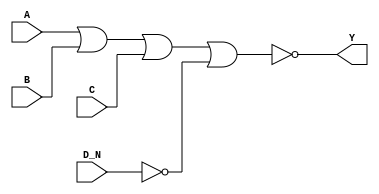
module sky130_fd_sc_ms__nor4b (
    Y  ,
    A  ,
    B  ,
    C  ,
    D_N
);

    // Module ports
    output Y  ;
    input  A  ;
    input  B  ;
    input  C  ;
    input  D_N;

    // Local signals
    wire not0_out  ;
    wire nor0_out_Y;

    //  Name  Output      Other arguments
    not not0 (not0_out  , D_N              );
    nor nor0 (nor0_out_Y, A, B, C, not0_out);
    buf buf0 (Y         , nor0_out_Y       );

endmodule